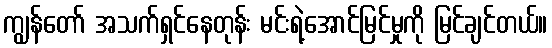
ကျွန်တော် အသက်ရှင်နေတုန်း မင်းရဲ့အောင်မြင်မှုကို မြင်ချင်တယ်။